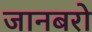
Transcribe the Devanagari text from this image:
जानबरो